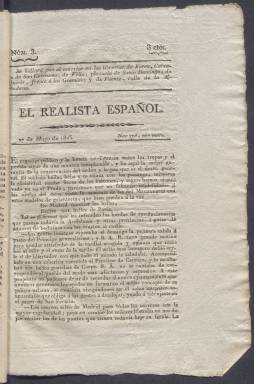
Título: El Realista español
Colección: Periódicos anteriores a 1850
Ámbito geográfico: Madrid
Lugar de publicación: Madrid
Fechas: 27/05/1823-30/07/1823